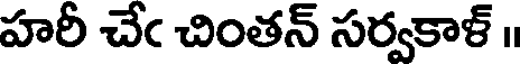
హరీ చేఁ చింతన్ సర్వకాళ్